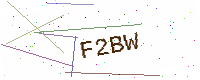
Text: F2BW